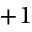
+ 1